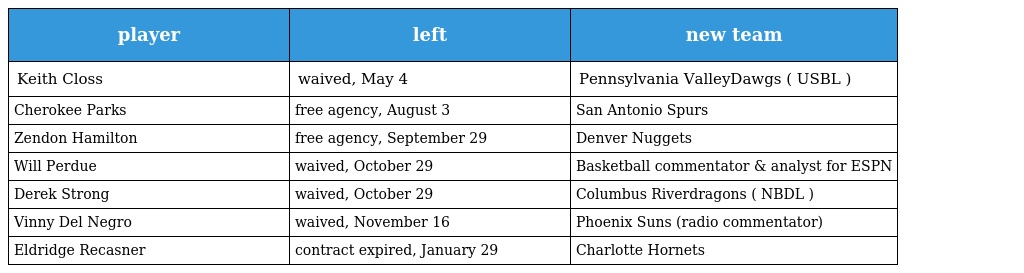
| player | left | new team |
 | --- | --- | --- |
 | Keith Closs | waived, May 4 | Pennsylvania ValleyDawgs ( USBL ) |
 | Cherokee Parks | free agency, August 3 | San Antonio Spurs |
 | Zendon Hamilton | free agency, September 29 | Denver Nuggets |
 | Will Perdue | waived, October 29 | Basketball commentator & analyst for ESPN |
 | Derek Strong | waived, October 29 | Columbus Riverdragons ( NBDL ) |
 | Vinny Del Negro | waived, November 16 | Phoenix Suns (radio commentator) |
 | Eldridge Recasner | contract expired, January 29 | Charlotte Hornets |